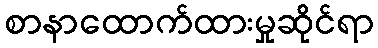
စာနာထောက်ထားမှုဆိုင်ရာ